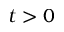
t > 0